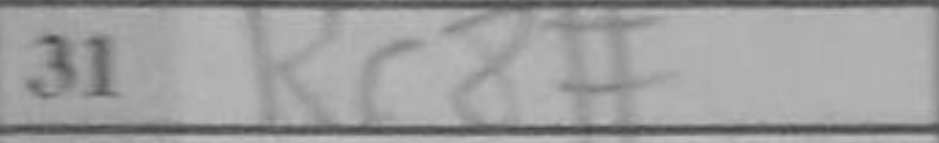
Transcription: Rc8#